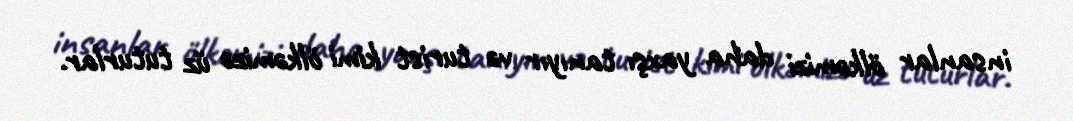
insanlar ölkəmizi daha yaxşı tanıyır və turist kimi ölkəmizə üz tuturlar.